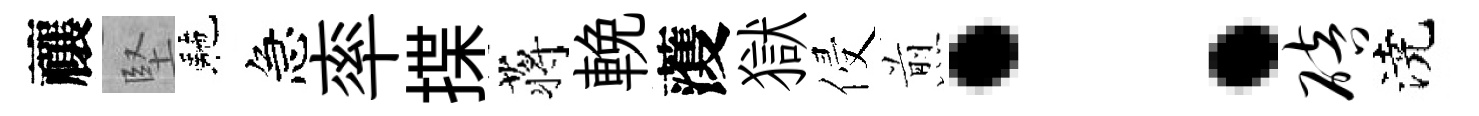
禳堅駰急率揲蒋輓𮑮獄侵煎：碚澆